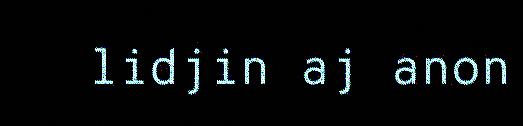
lidjin aj anon